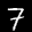
Label: 7